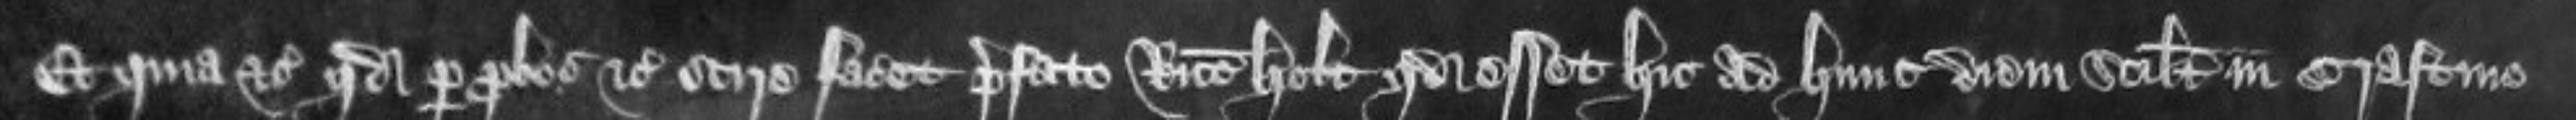
Et quia etc quod per probos etc scire faceret prefato Ricardo Holt quod esset hic ad hunc diem scilicet in crastino